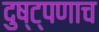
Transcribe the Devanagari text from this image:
दुष्ट्पणाच